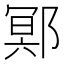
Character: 鄍